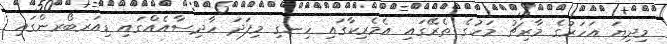
މިދިޔަ އަހަރުގެ މާރިޗު މަހުގެ ތެރޭގައި އެމެރިކާގައި ހިނގި މިފަދަ ހާދިސާއެއްގައި ޑިއަރބޯރންގައި